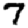
Digit: 7